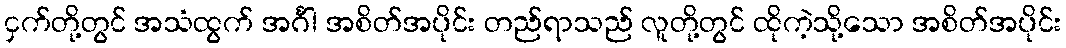
ငှက်တို့တွင် အသံထွက် အင်္ဂါ အစိတ်အပိုင်း တည်ရာသည် လူတို့တွင် ထိုကဲ့သို့သော အစိတ်အပိုင်း